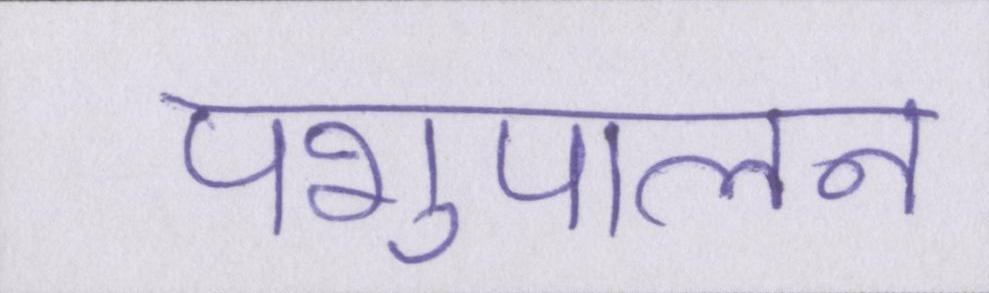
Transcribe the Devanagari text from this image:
पशुपालन